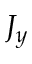
J _ { y }